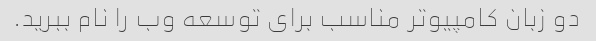
دو زبان کامپیوتر مناسب برای توسعه وب را نام ببرید.